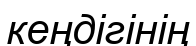
кеңдігінің